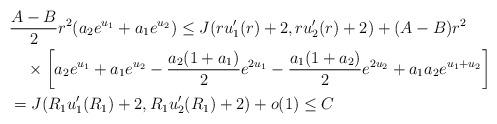
LaTeX: \begin{align*}&\frac{A-B}{2}r^2(a_2e^{u_1}+a_1e^{u_2})\le J(ru_1'(r)+2, ru_2'(r)+2)+(A-B)r^2\\&\quad\times\bigg[a_2e^{u_1}+a_1e^{u_2}-\frac{a_2(1+a_1)}{2}e^{2u_1}-\frac{a_1(1+a_2)}{2}e^{2u_2}+a_1a_2e^{u_1+u_2}\bigg]\\&=J(R_1u_1'(R_1)+2, R_1u_2'(R_1)+2)+o(1)\le C\end{align*}